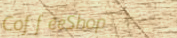
CoffeeShop